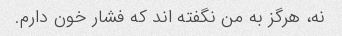
نه، هرگز به من نگفته اند که فشار خون دارم.